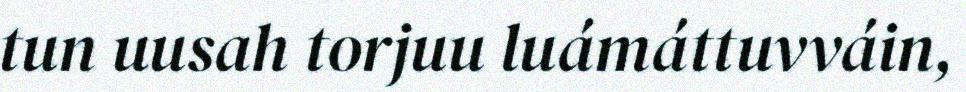
tun uusah torjuu luámáttuvváin,